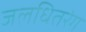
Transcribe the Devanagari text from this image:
जलधितरंग